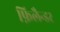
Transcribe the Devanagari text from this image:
फ़िलैन्डर